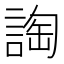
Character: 䛬